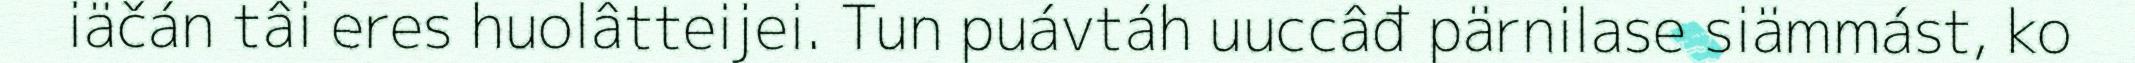
iäčán tâi eres huolâtteijei. Tun puávtáh uuccâđ pärnilase siämmást, ko